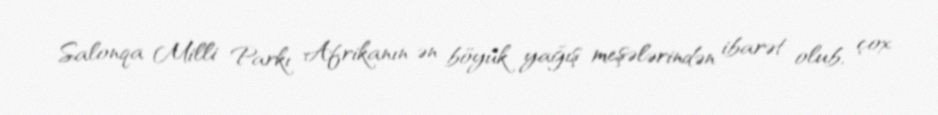
Salonqa Milli Parkı Afrikanın ən böyük yağış meşələrindən ibarət olub, çox